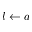
l \gets a